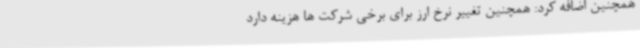
همچنین اضافه کرد: همچنین تغییر نرخ ارز برای برخی شرکت ها هزینه دارد